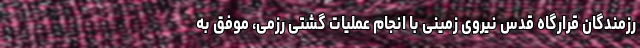
رزمندگان قرارگاه قدس نیروی زمینی با انجام عملیات گشتی رزمی، موفق به